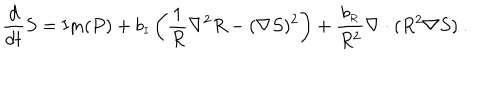
LaTeX: { \frac { d } { d t } } S = \mathrm { I m } ( P ) + b _ { \scriptscriptstyle I } \left( \frac { 1 } { R } \nabla ^ { 2 } R - ( \nabla S ) ^ { 2 } \right) + { \frac { b _ { \scriptscriptstyle R } } { R ^ { 2 } } } \nabla \cdot ( R ^ { 2 } \nabla S ) ~ . ~ ~